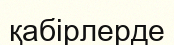
қабірлерде